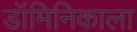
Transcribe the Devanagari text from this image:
डॉमिनिकाला